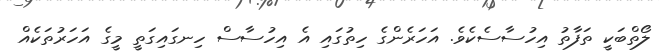
ލޯތްބަކީ ތަފާތު އިހުސާސެކެވެ. އަހަރެންގެ ހިތުގައި އެ އިހުސާސް ހިނގައިގަތީ މީގެ އަހަރުތަކެއް